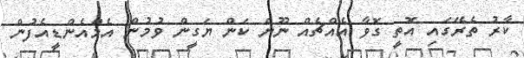
ކާރު ތެރޭގައި އޮތީ ގޮވާ އެއްޗެއް ނޫން ކަން ޔަގީން ވުމުން އެމްއެންޑީއެފުން